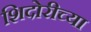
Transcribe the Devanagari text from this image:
शिदोरीच्या